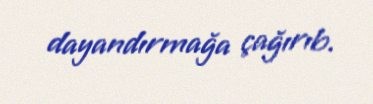
dayandırmağa çağırıb.